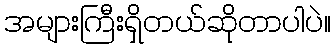
အများကြီးရှိတယ်ဆိုတာပါပဲ။